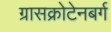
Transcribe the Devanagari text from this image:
ग्रासक्रोटेनबर्ग